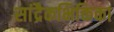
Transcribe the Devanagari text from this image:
सांद्रैकभिक्तिका